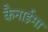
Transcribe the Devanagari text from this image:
कैनाईमा